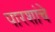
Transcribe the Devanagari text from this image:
पारशांचे